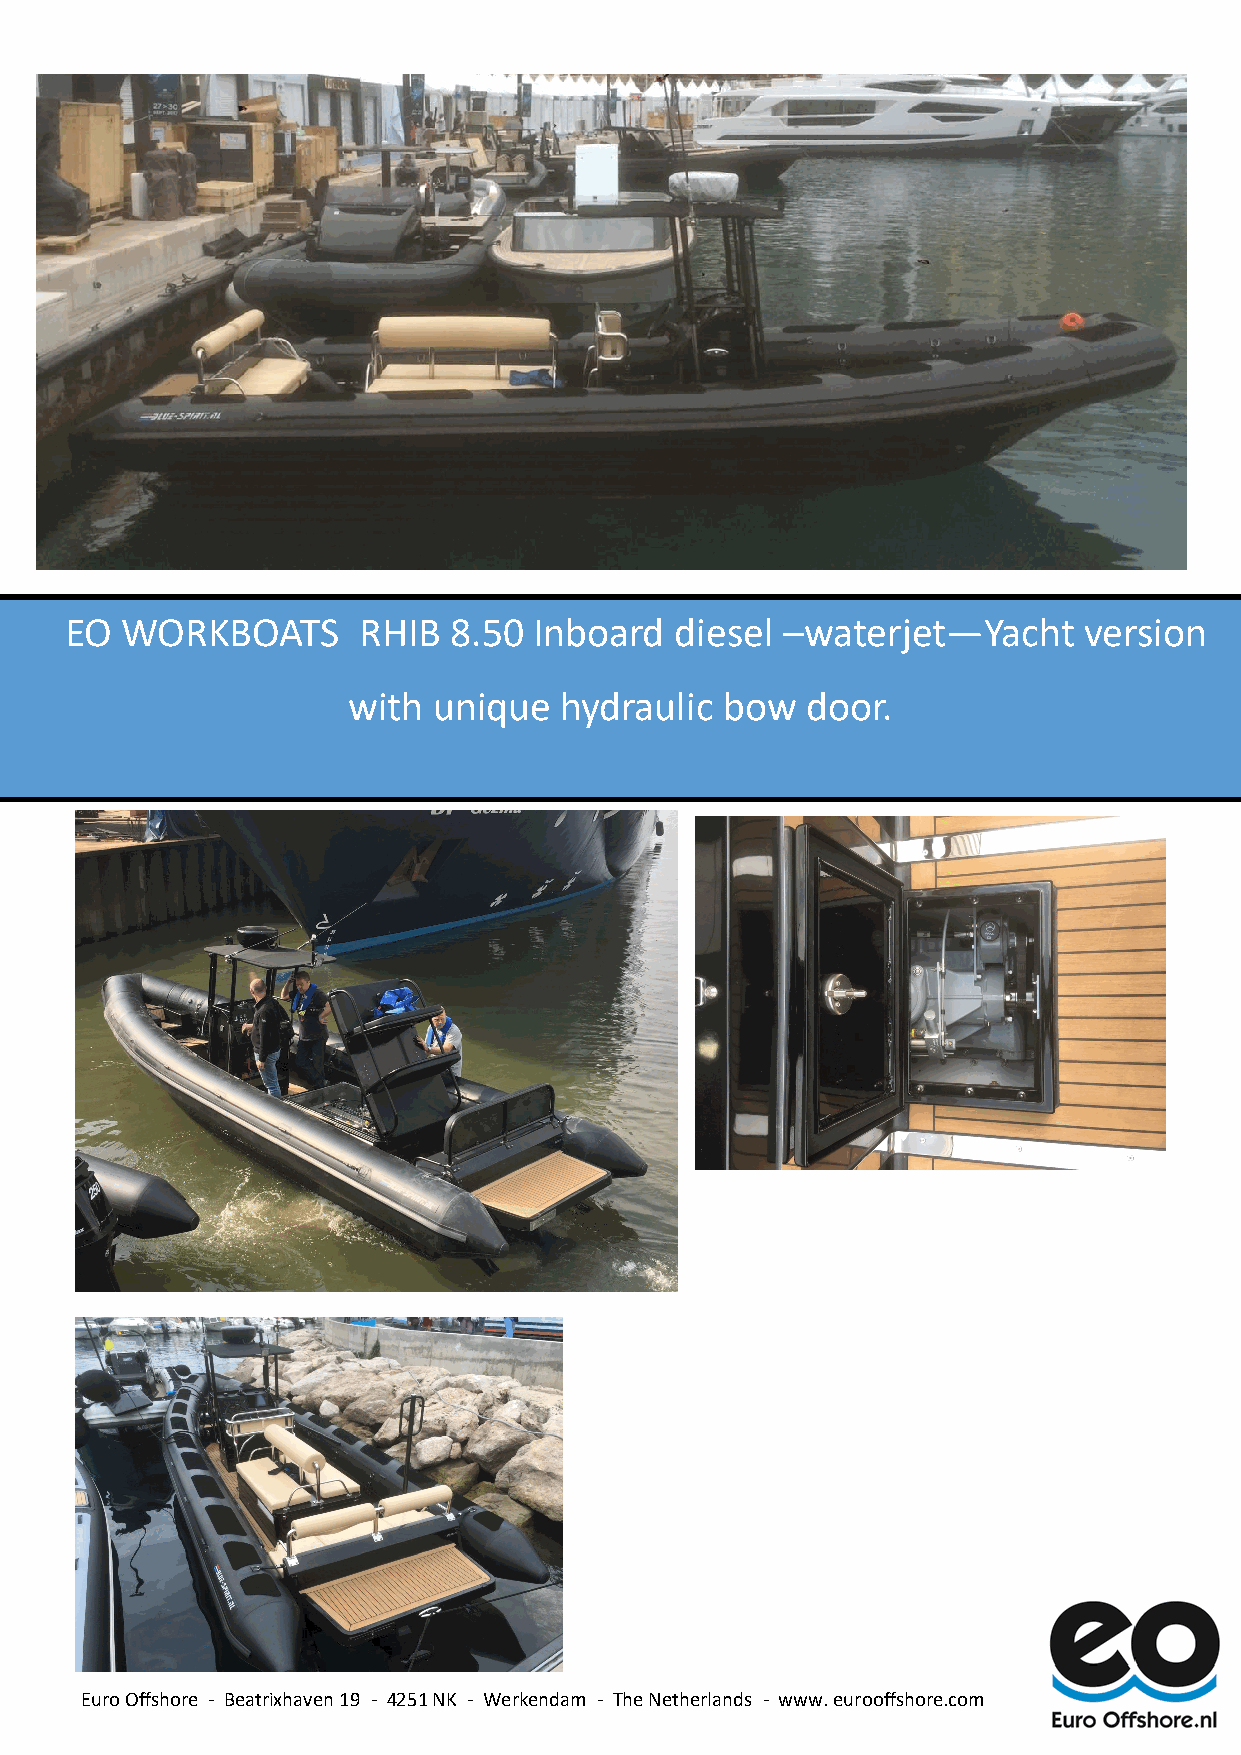
EO
 Trad-
 EO  WORKBOATS       RHIB  8.50 Inboard   diesel –waterjet—Yacht     version
 with  unique  hydraulic  bow  door.
 Euro Offshore - Beatrixhaven 19 - 4251 NK - Werkendam - The Netherlands - www. eurooffshore.com